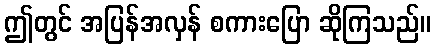
ဤတွင် အပြန်အလှန် စကားပြော ဆိုကြသည်။